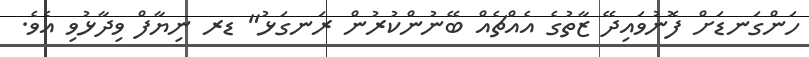
ހަންގަނޑަށް ފޮނުވައިދޭ ޒާތުގެ އެއްޗެއް ބޭނުންކުރުން ރަނގަޅު" ޑރ ނިޔާފް ވިދާޅުވި އެވެ.